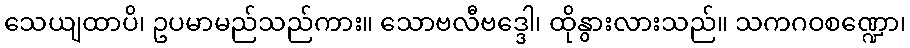
သေယျထာပိ၊ ဥပမာမည်သည်ကား။ သောဗလီဗဒ္ဒေါ၊ ထိုနွားလားသည်။ သကဂဝစဏ္ဍော၊